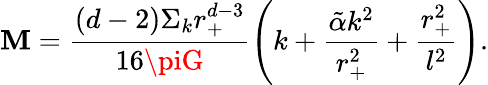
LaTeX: \mathbf{M}=\frac{{(d-2)\Sigma_{k}r_{+}^{d-3}}}{{16\piG}}\left(k+\frac{{\tilde{{\alpha}}k^{2}}}{{r_{+}^{2}}}+\frac{{r_{+}^{2}}}{{l^{2}}}\right).